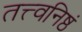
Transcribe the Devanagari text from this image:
तत्त्वनिष्ठं